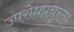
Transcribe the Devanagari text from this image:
उपरोधप्रचुरता